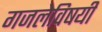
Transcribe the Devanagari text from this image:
गजलेविषयी